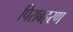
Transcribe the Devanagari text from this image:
पिराबहरण